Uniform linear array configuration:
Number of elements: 64
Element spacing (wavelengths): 0.75
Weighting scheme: binomial
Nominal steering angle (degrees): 45
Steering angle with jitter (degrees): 43.931
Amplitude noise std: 0.05
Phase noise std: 0.05

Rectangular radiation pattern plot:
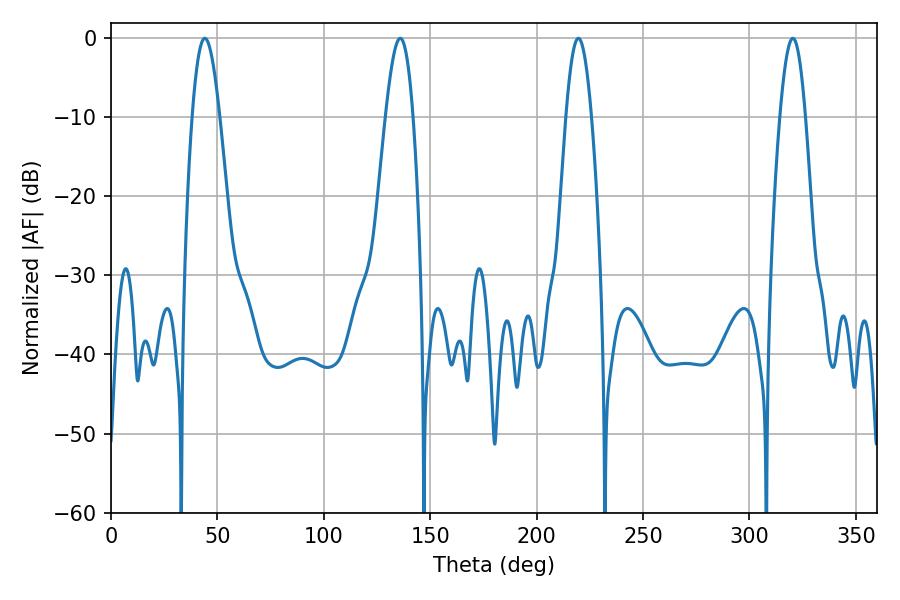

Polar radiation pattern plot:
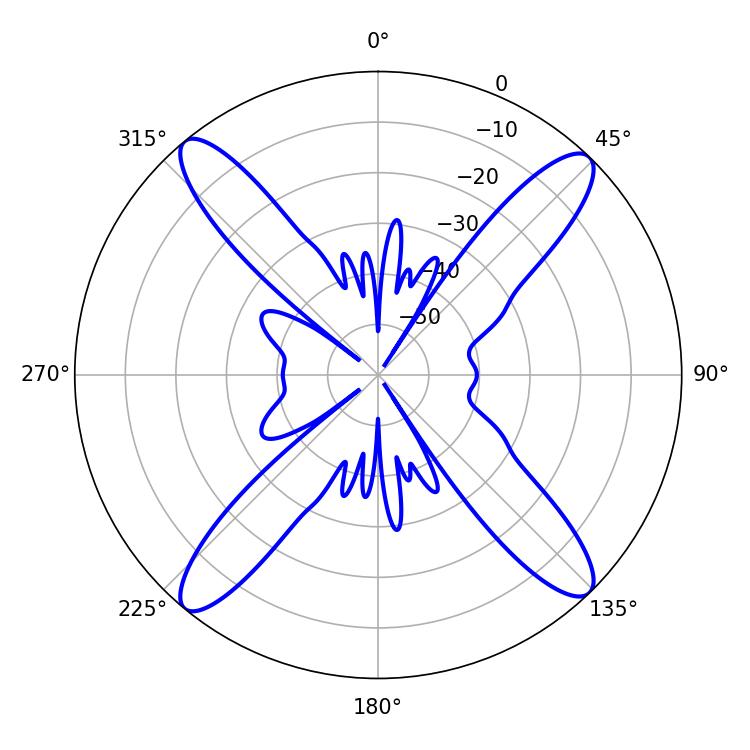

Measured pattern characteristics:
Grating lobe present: TRUE
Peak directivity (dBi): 18.417
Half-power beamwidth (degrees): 6.48
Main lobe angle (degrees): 219.6